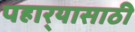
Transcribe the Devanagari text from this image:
पहार्‍यासाठी